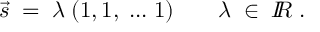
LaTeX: \vec { s } \; = \; \lambda \; ( 1 , 1 , \; . . . \; 1 ) \; \; \; \; \; \; \; \lambda \; \in \; I \! \! R \; .